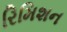
રિમિશન